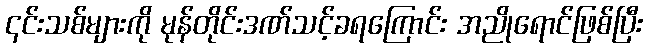
၎င်းသစ်များကို မုန်တိုင်းဒဏ်သင့်ခရကြောင်း အညိုရောင်ဖြစ်ပြီး